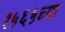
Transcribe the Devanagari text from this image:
१५६५च्या